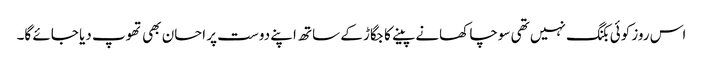
اس روز کوئی بکنگ نہیں تھی سوچا کھانے پینے کا جگاڑ کے ساتھ اپنے دوست پر احسان بھی تھوپ دیا جائے گا۔